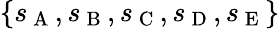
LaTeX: \{ s_{\mathrm{~A~}},s_{\mathrm{~B~}},s_{\mathrm{~C~}},s_{\mathrm{~D~}},s_{\mathrm{~E~}}\}